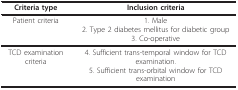
| Criteria type | Inclusion criteria |
 | --- | --- |
 | Patient criteria | 1. Male2. Type 2 diabetes mellitus for diabetic group3. Co-operative |
 | TCD examination criteria | 4. Sufficient trans-temporal window for TCD examination.5. Sufficient trans-orbital window for TCD examination |